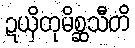
ဍယှိတုမိစ္ဆသီတိ